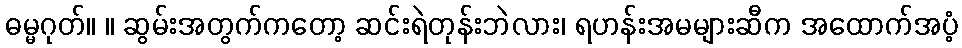
ဓမ္မဂုတ်။ ။ ဆွမ်းအတွက်ကတော့ ဆင်းရဲတုန်းဘဲလား၊ ရဟန်းအမများဆီက အထောက်အပံ့